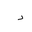
Letter: _dal